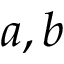
a , b